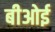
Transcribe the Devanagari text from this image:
बीओई